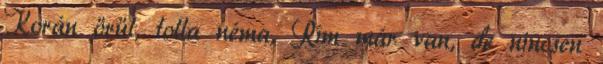
Korán örül, tolla néma, Rím már van, de nincsen